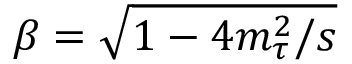
\beta = \sqrt { 1 - 4 m _ { \tau } ^ { 2 } / s }